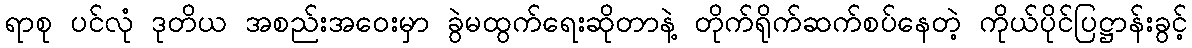
ရာစု ပင်လုံ ဒုတိယ အစည်းအဝေးမှာ ခွဲမထွက်ရေးဆိုတာနဲ့ တိုက်ရိုက်ဆက်စပ်နေတဲ့ ကိုယ်ပိုင်ပြဋ္ဌာန်းခွင့်